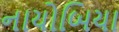
નાયોબિયા